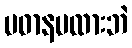
ပဓာနမထားဘဲ